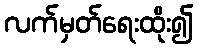
လက်မှတ်ရေးထိုး၍